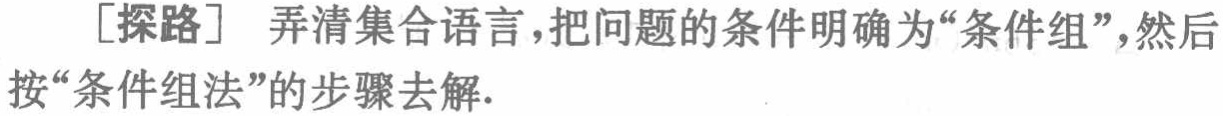
[探路] 弄清集合语言，把问题的条件明确为“条件组”，然后按“条件组法”的步骤去解.